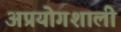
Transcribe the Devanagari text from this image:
अप्रयोगशाली